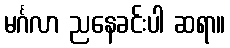
မင်္ဂလာ ညနေခင်းပါ ဆရာ။